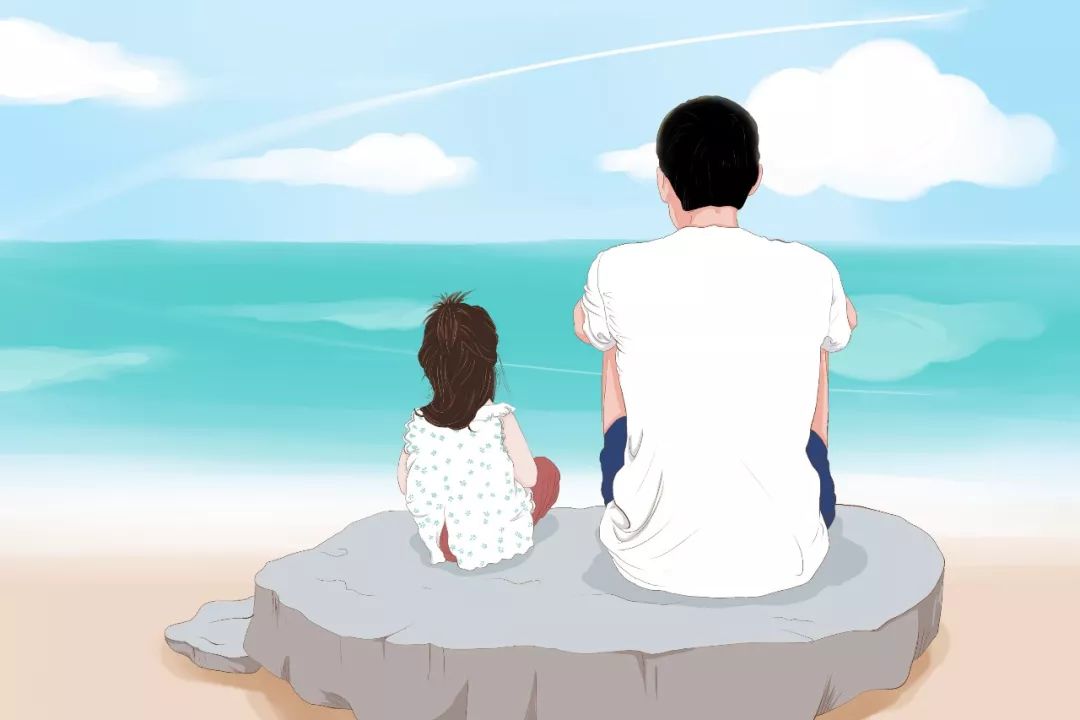
归来视幼女，零泪缘缨流。